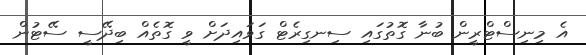
އެ މިނިސްޓްރީން ބުނާ ގޮތުގައި ސިނގިރެޓް ގަވައިދަށް ވީ ގޮތެއް ބިދޭސީ ސޭޓުން